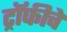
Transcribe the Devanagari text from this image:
ट्रॉफीचे